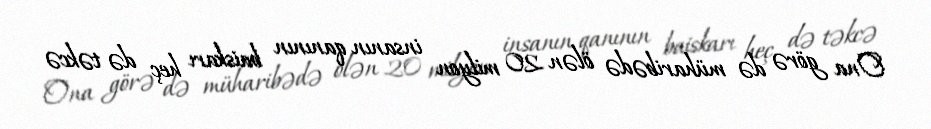
Ona görə də müharibədə ölən 20 milyon insanın qanının baiskarı heç də təkcə